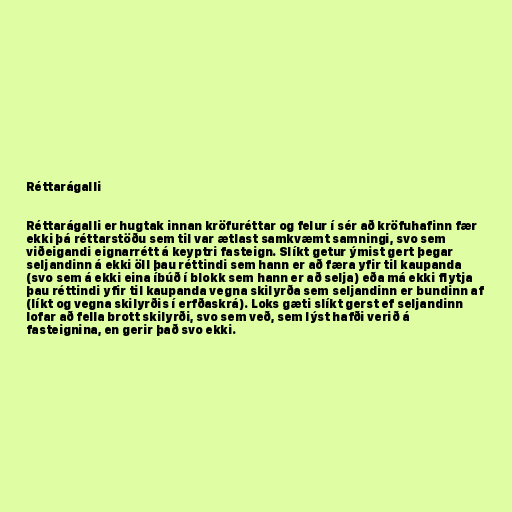
Réttarágalli

Réttarágalli er hugtak innan kröfuréttar og felur í sér að kröfuhafinn fær
ekki þá réttarstöðu sem til var ætlast samkvæmt samningi, svo sem
viðeigandi eignarrétt á keyptri fasteign. Slíkt getur ýmist gert þegar
seljandinn á ekki öll þau réttindi sem hann er að færa yfir til kaupanda
(svo sem á ekki eina íbúð í blokk sem hann er að selja) eða má ekki flytja
þau réttindi yfir til kaupanda vegna skilyrða sem seljandinn er bundinn af
(líkt og vegna skilyrðis í erfðaskrá). Loks gæti slíkt gerst ef seljandinn
lofar að fella brott skilyrði, svo sem veð, sem lýst hafði verið á
fasteignina, en gerir það svo ekki.